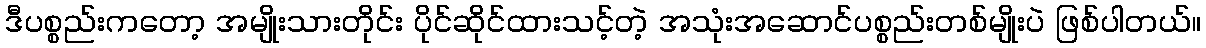
ဒီပစ္စည်းကတော့ အမျိုးသားတိုင်း ပိုင်ဆိုင်ထားသင့်တဲ့ အသုံးအဆောင်ပစ္စည်းတစ်မျိုးပဲ ဖြစ်ပါတယ်။